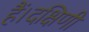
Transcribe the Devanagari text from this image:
हैं।दक्षिणी